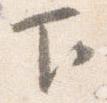
下